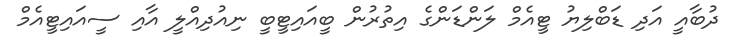
ދުބާއީ އަދި ޑަބްލިޔު ޓީއެމް ލަންޑަންގެ އިތުރުން ބީއައިޓީބީ ނިއުދިއްލީ އާއި ސީއައިޓީއެމް